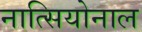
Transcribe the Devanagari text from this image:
नात्सियोनाल